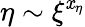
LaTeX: \eta\sim\xi^{\mathit{x}_{\eta}}